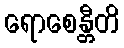
ရောစေန္တီတိ